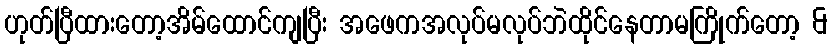
ဟုတ်ပြီထားတော့အိမ်ထောင်ကျပြီး အဖေကအလုပ်မလုပ်ဘဲထိုင်နေတာမကြိုက်တော့ &